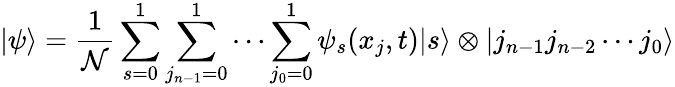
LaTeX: |\psi\rangle=\frac{1}{\mathcal{N}}\sum_{s=0}^{1}\sum_{j_{n-1}=0}^{1}\cdots\sum_{j_{0}=0}^{1}\psi_{s}(x_{j},t)|s\rangle\otimes|j_{n-1}j_{n-2}\cdots j_{0}\rangle